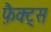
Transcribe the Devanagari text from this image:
फ़ैक्ट्स